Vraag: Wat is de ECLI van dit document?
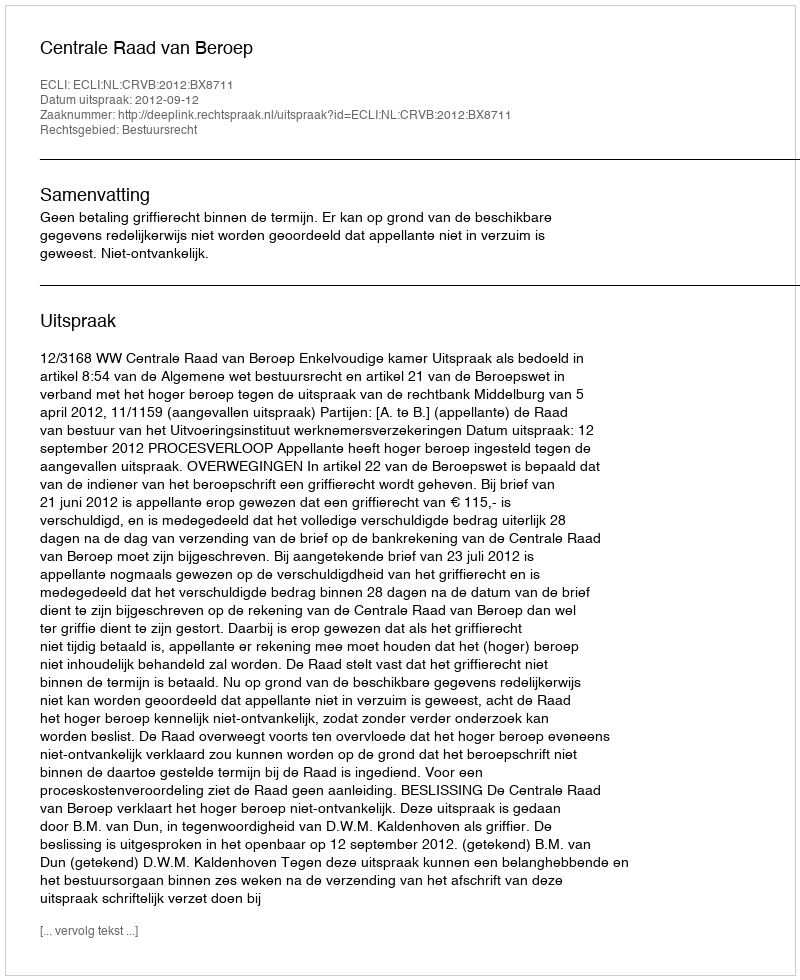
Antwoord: ECLI:NL:CRVB:2012:BX8711